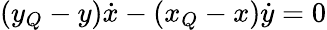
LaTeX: (y_{Q}-y){\dot{x}}-(x_{Q}-x){\dot{y}}=0